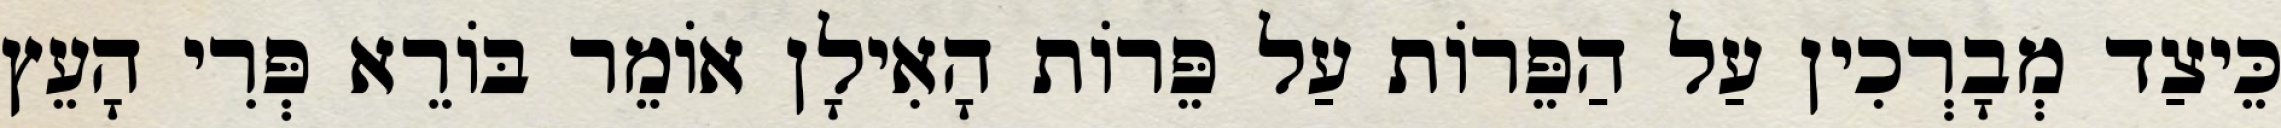
כֵּיצַד מְבָרְכִין עַל הַפֵּרוֹת עַל פֵּרוֹת הָאִילָן אוֹמֵר בּוֹרֵא פְּרִי הָעֵץ